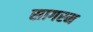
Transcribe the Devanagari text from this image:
सागरम